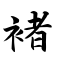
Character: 褚